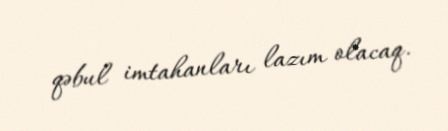
qəbul imtahanları lazım olacaq.